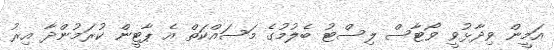
އަމީން ވިދާޅުވީ ވޯޓާސް ލިސްޓު ބެލުމުގެ މަސައްކަތް އެ ޕާޓީން ކުރަމުންދާ އިރު